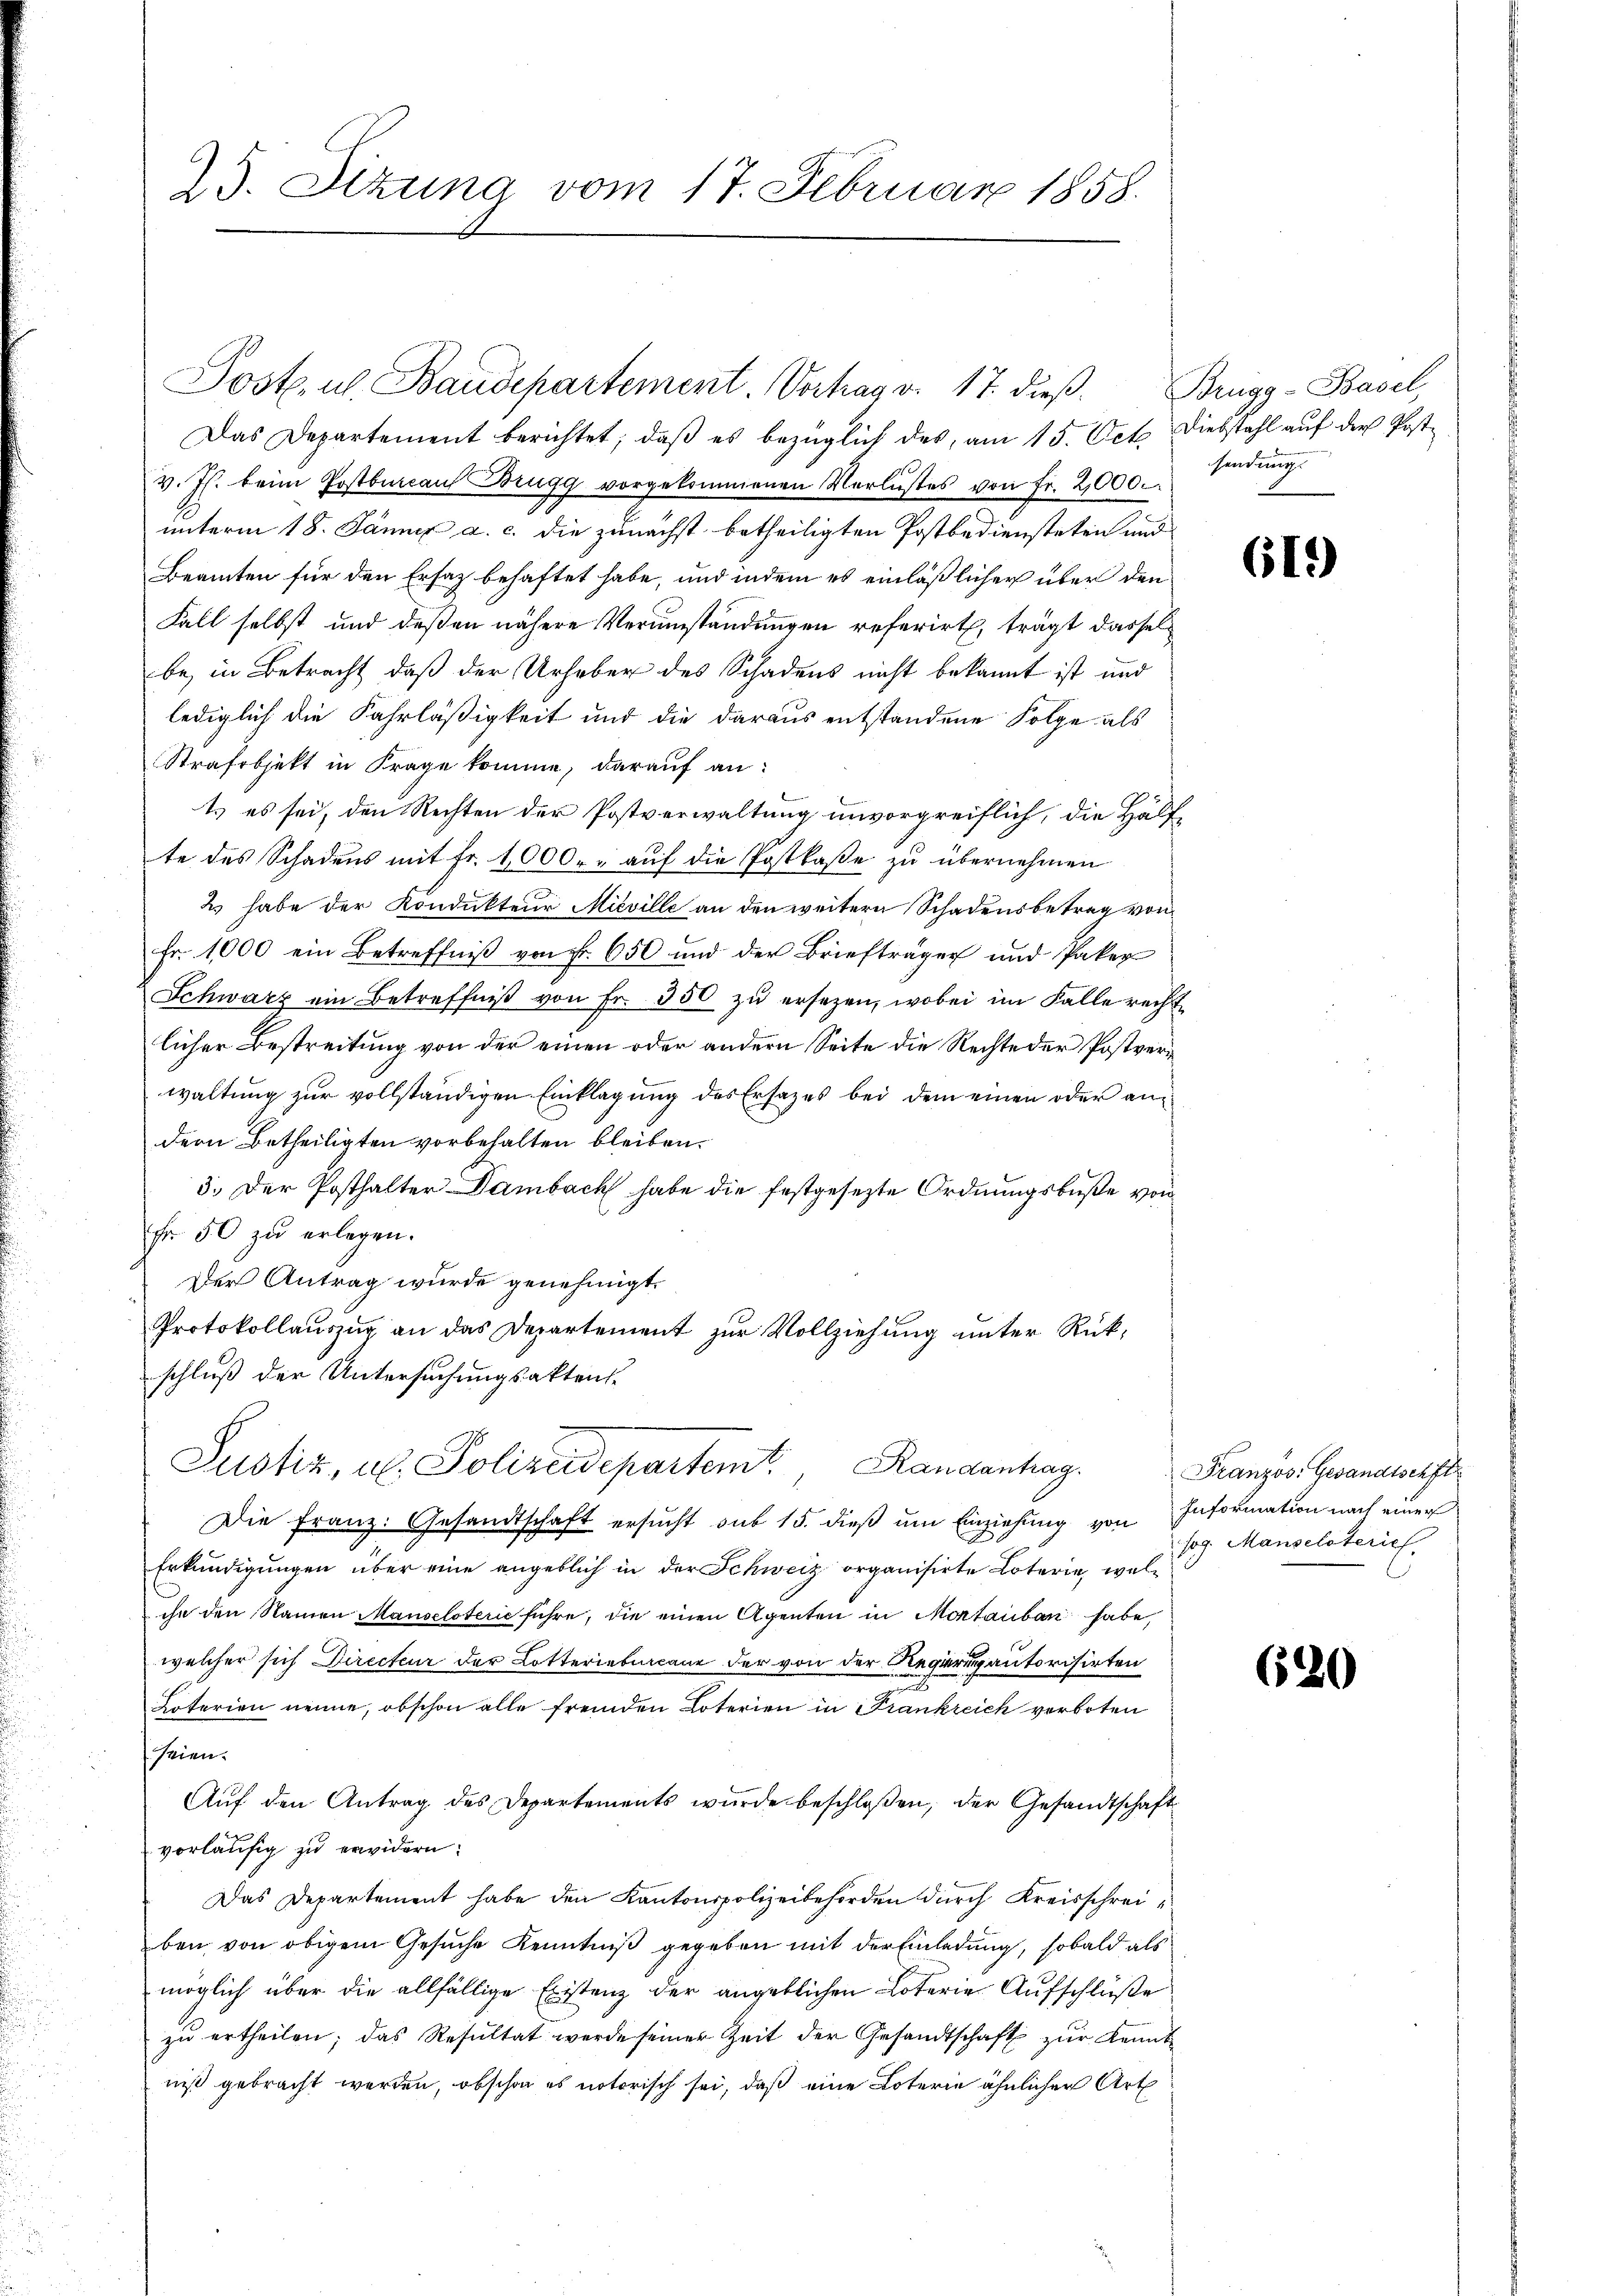
25. Sizung vom 17. Februar 1858.

Das Departement berichtet, daß es bezüglich des, am 15. Oct. Diebstahl auf der Postv. Js. beim Postbureau Brugg vorgekommenen Verlustes von fr. 2000.
unterm 18. Jänner a. c. die zunächst betheiligten Postbediensteten und
Beamten für den Ersatz behaftet habe, und indem es einläßlicher über den
Fall selbst und deßen nähere Verumständungen referirt, trägt dasselbe, in Betracht, daß der Urheber des Schadens nicht bekannt ist und
lediglich die Fahrläßigkeit und die daraus entstandene Folge als
Strafobjekt in Frage komme, darauf an:
t es sei, den Rechten der Postverwaltung unvorgreiflich, die Hälfte des Schadens mit Fr. 1000 r. auf die Postkaße zu übernehmen
2. habe der Kondukteur Mieville an den weitern Schadensbetrag von
Fr. 1000 ein Betreffniß von Fr. 650 und der Briefträgen und Paker
Schwarz ein Betreffniβ von Fr. 350 zŭ ersezen, wobei im Falle recht
licher Bestreitung von der einen oder andern Seite die Rechte der Postverwaltung zur vollständigen Einklagung des Ersatzes bei dem einen oder andern Betheiligten vorbehalten bleiben.
3. Der Posthalter Dambach habe die festgesezte Ordnungsbuße von
Fr. 50 zu erlegen.
Der Antrag wurde genehmigt.
Protokollauszug an das Departement zur Vollziehung unter Rükschluß der Untersuchungsaktens
Justiz, u. Polizeidepartemt. Randenhag
Die Franz: Gesandtschaft ersucht sub 15. dieß um Einziehung von Information nach einer
Erkundigungen über eine angeblich in der Schweiz organisirte Loterie, welihr den Namen Manselsterić führe, die einen Agenten in Montauban habe,
welcher sich Directeur der Lotteriebercane der von der Regarupautorisirten
Hoferien nenne, obschon alle fremden Loterien in Frankreich verboten
seien.
Aŭf den Antrag des Departements wurde beschloßen, der Gesandtschaft
vorläufig zu erwidern:
Das Departement habe den Kantonspolizeibehörden durch Kreisschreiben von obigem Gesŭche Kenntniß gegeben mit der Einladung, sobald als
möglich über die allfällige Existenz der angeblichen Loterie Aufschlüße
zŭ ertheilen; das Resŭltat werde seiner Zeit der Gesandtschaft zŭr Kennt
niß gebracht werden, obschon es notorisch sei, daß eine Loterie ähnlichen Art

Poste. u. Baudepartement. Verhag v. 17. dieß.

Brügg-Basel,
sendung

61.)

Franzos: Gesandtschft
sog. Manselsterich

620